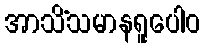
အာသိံသမာနရူပေါဝ